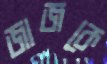
জাজকে